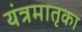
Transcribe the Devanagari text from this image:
यंत्रमातृका